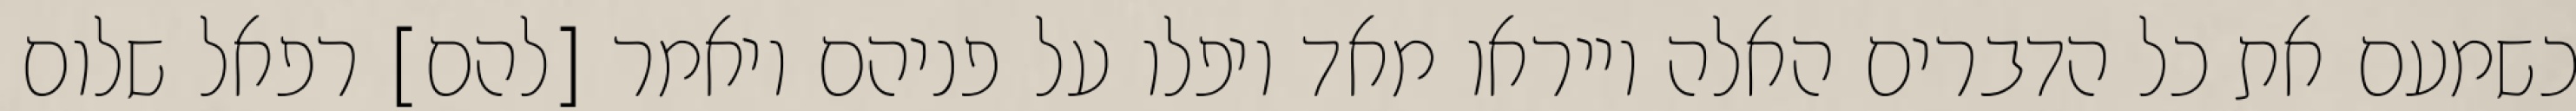
כשמעם את כל הדברים האלה וייראו מאד ויפלו על פניהם ויאמר [להם] רפאל שלום